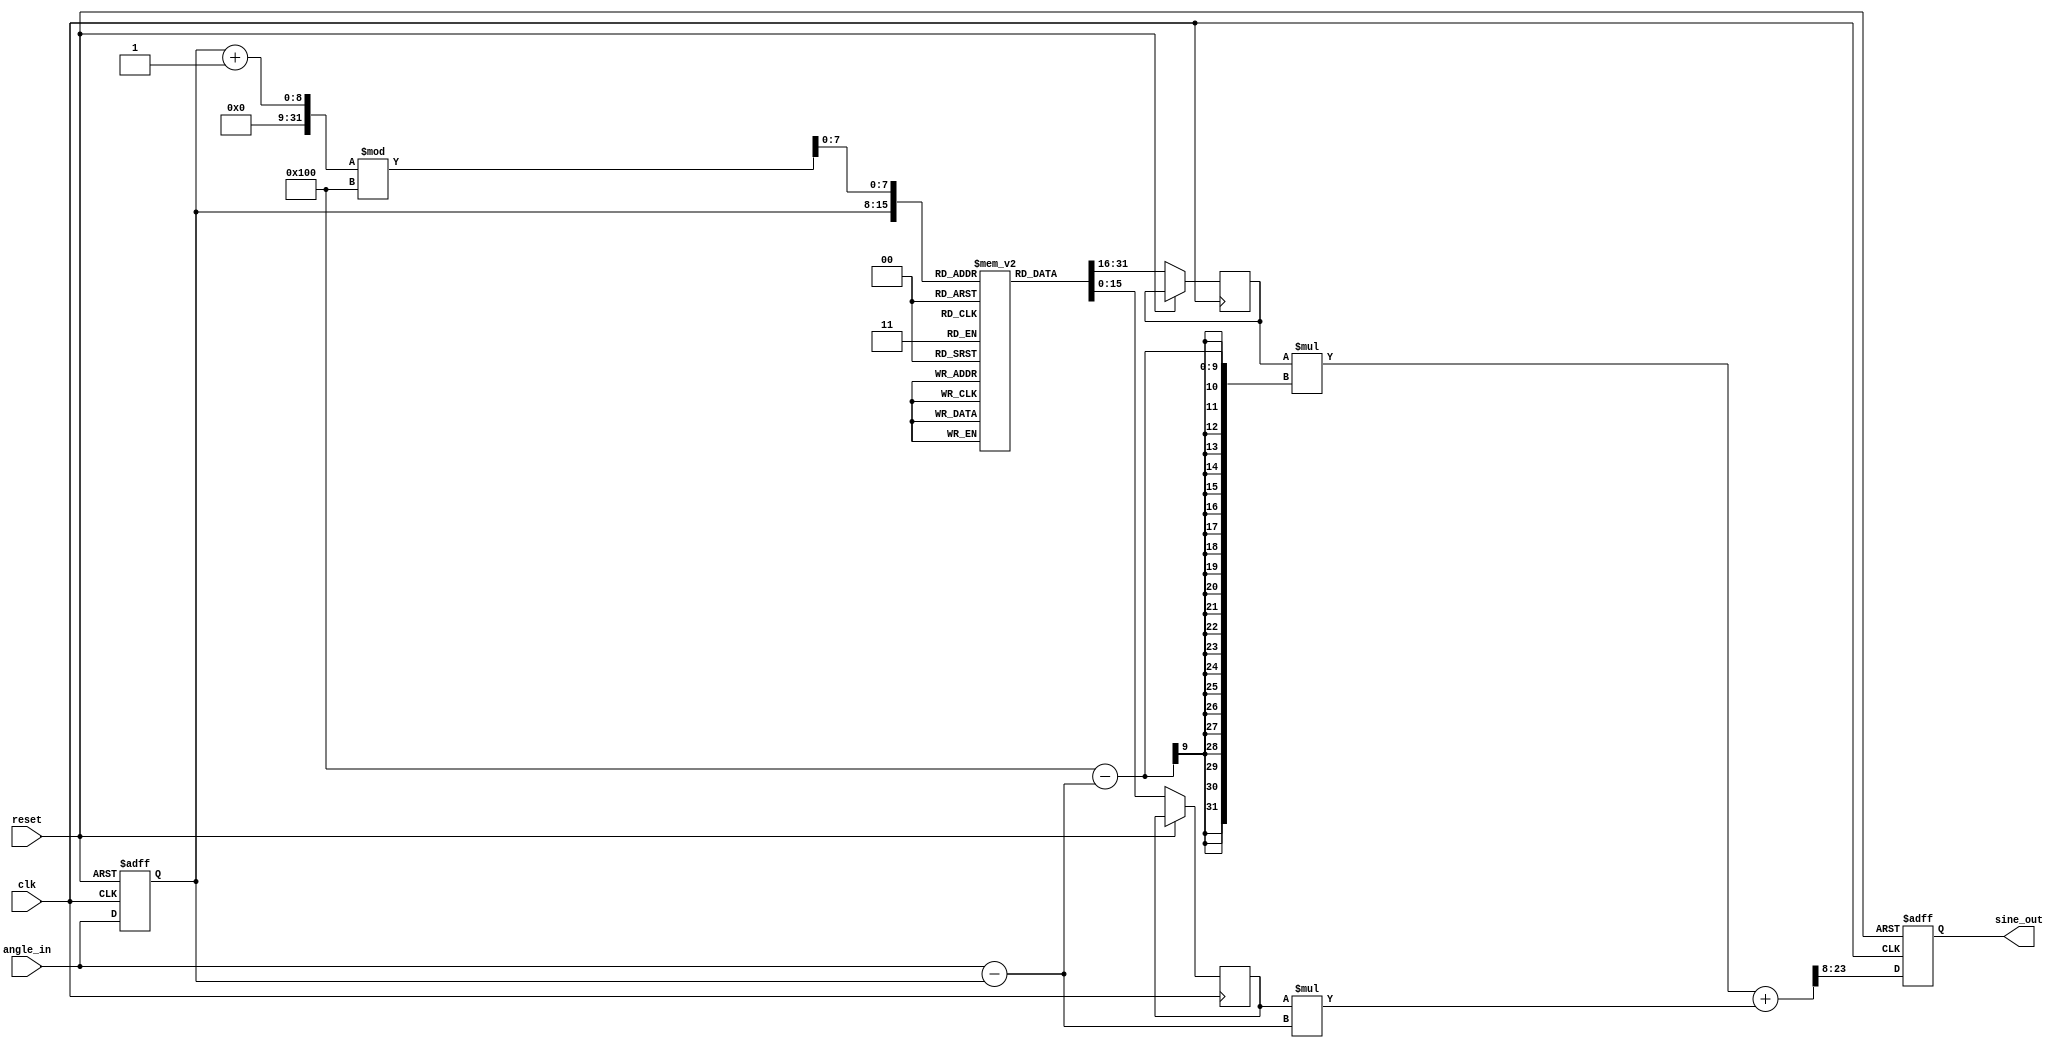
module sine_function (
    input wire clk,
    input wire reset,
    input wire [7:0] angle_in, // 8-bit input angle (0-255)
    output reg signed [15:0] sine_out // 16-bit signed output (-1 to 1)
);

// Parameter for the LUT size
parameter LUT_SIZE = 256;

// Sine Lookup Table (LUT) for angles 0 to 2*pi
// This example assumes a fixed-point representation that maps to 16-bit signed integers
reg signed [15:0] sine_lut [0:LUT_SIZE-1];

// Initialize the LUT with precomputed sine values
initial begin
    // Fill the LUT with sine values. You would typically use a script to generate these values.
    // Example values for demonstration, values range between -32768 to 32767 representing -1 to 1
    sine_lut[0] = 0;         // sin(0)
    sine_lut[64] = 16384;    // sin(/2)
    sine_lut[128] = 32767;   // sin()
    sine_lut[192] = 16384;   // sin(3/2)
    sine_lut[255] = 0;       // sin(2)
    // Populate the remaining values accordingly
    // You can generate the full LUT using a script or tool
end

reg [7:0] index; // LUT index
reg signed [15:0] sine1, sine2; // For interpolation
reg [7:0] index_next; // Next index for interpolation
reg [7:0] fractional; // Fractional part for interpolation

always @(posedge clk or posedge reset) begin
    if (reset) begin
        sine_out <= 0;
        index <= 0;
    end else begin
        // Normalize input angle (0-255)
        index <= angle_in;

        // Determine the two nearest LUT values
        sine1 <= sine_lut[index];
        index_next = (index + 1) % LUT_SIZE; // Wrap around for circular LUT
        sine2 <= sine_lut[index_next];

        // Calculate the fractional part for interpolation
        fractional = angle_in - index;

        // Linear interpolation: sine_out = sine1 * (1 - frac) + sine2 * frac
        sine_out <= (sine1 * (256 - fractional) + sine2 * fractional) >> 8; // Shift right to scale down
    end
end

endmodule